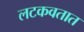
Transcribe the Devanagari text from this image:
लटकवतात